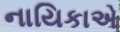
નાયિકાએ